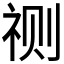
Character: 𮵛